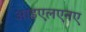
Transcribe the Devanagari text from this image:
आइएलएनए